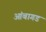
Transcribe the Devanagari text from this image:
आंबागड